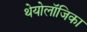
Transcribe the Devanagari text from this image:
थेयोलॉजिका